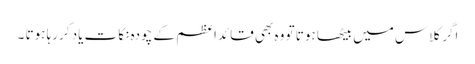
اگر کلاس میں بیٹھا ہوتا تو وہ بھی قائداعظم کے چودہ نکات یاد کررہا ہوتا ۔